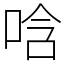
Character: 唅